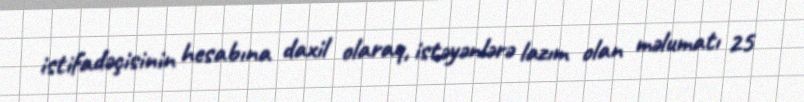
istifadəçisinin hesabına daxil olaraq, istəyənlərə lazım olan məlumatı 25